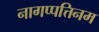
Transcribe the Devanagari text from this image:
नागप्पत्तिनम